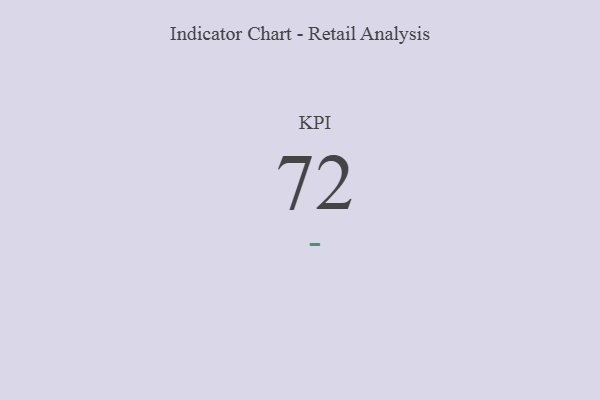
{"axis": {"x": "KPI", "y": "Value"}, "legend": [""], "data": [{"x": "KPI", "y": 72, "type": ""}]}